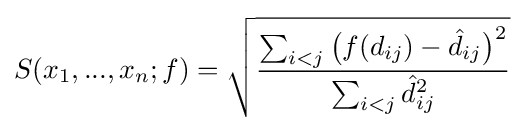
S(x_{1},...,x_{n};f)={\sqrt {\frac {\sum _{i<j}{\bigl (}f(d_{ij})-{\hat {d}}_{ij}{\bigr )}^{2}}{\sum _{i<j}{\hat {d}}_{ij}^{2}}}}